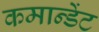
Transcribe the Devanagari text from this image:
कमान्डेंट